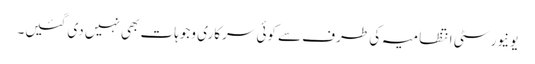
یونیورسٹی انتظامیہ کی طرف سے کوئی سرکاری وجوہات بھی نہیں دی گئیں۔